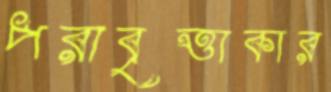
পরাবৃত্তাকার